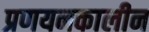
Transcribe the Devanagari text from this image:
प्रणयनकालीन